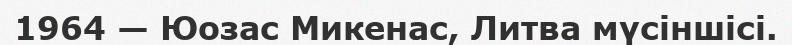
1964 — Юозас Микенас, Литва мүсіншісі.